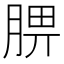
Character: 𦜠